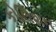
કોલિશન